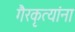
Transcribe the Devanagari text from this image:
गैरकृत्यांना